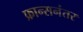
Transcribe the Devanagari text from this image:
फ्रान्सनंतर